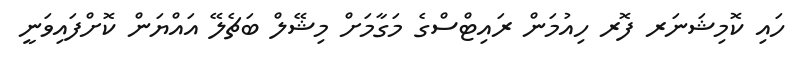
ހައި ކޮމިޝަނަރ ފޮރ ހިއުމަން ރައިޓްސްގެ މަގާމަށް މިޝޭލް ބަޗެލޭ އައްޔަން ކޮށްފައިވަނީ